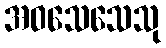
အဝသေသေသု